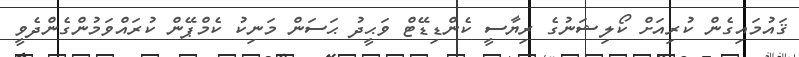
ޤައުމައިގެން ކުރިއަށް ކޯލިޝަނުގެ ރިޔާސީ ކެންޑިޑޭޓް ވަޙީދު ޙަސަން މަނިކު ކެމްޕޭން ކުރައްވަމުންގެންދެވީ